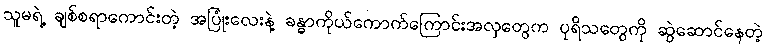
သူမရဲ့ ချစ်စရာကောင်းတဲ့ အပြုံးလေးနဲ့ ခန္ဓာကိုယ်ကောက်ကြောင်းအလှတွေက ပုရိသတွေကို ဆွဲဆောင်နေတဲ့